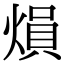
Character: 熉